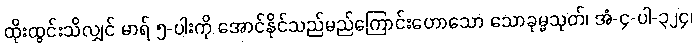
ထိုးထွင်းသိလျှင် မာရ် ၅-ပါးကို အောင်နိုင်သည်မည်ကြောင်းဟောသော သောခုမ္မသုတ်၊ အံ-၄-ပါ-၃၂၄၊